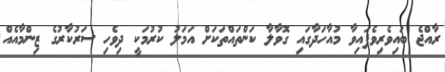
ރާއްޖެ ބައިވެރިވެފައިވާ މުއާހަދާގައި ގޮވާލާ ކަންތައްތަކަށް އަމަލު ކުރުމަކީ ދިވެހި ސަރުކާރުގެ ޒިންމާއެއް